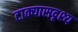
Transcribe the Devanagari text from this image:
टाक्यासदृश्य